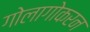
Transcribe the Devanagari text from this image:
गोलागोकरन